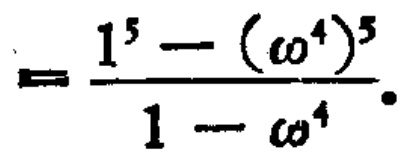
\[=\frac{1^{5}-(\omega^{4})^{5}}{1 - \omega^{4}}.\]